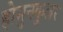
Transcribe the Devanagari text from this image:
होमुनकुलर